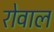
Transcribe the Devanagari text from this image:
रोवाल